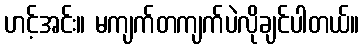
ဟင့်အင်း။ မကျက်တကျက်ပဲလိုချင်ပါတယ်။